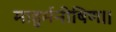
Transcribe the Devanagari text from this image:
माहुर्मनीषिण।।